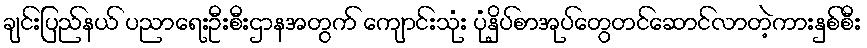
ချင်းပြည်နယ် ပညာရေးဦးစီးဌာနအတွက် ကျောင်းသုံး ပုံနှိပ်စာအုပ်တွေတင်ဆောင်လာတဲ့ကားနှစ်စီး